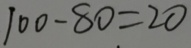
1 0 0 - 8 0 = 2 0